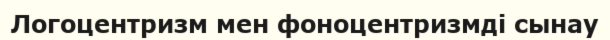
Логоцентризм мен фоноцентризмді сынау